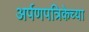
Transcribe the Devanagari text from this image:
अर्पणपत्रिकेच्या